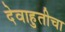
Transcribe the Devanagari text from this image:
देवाहुतीचा